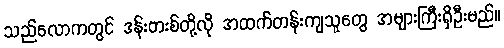
သည်လောကတွင် ဒန်းဗားစ်တို့လို အထက်တန်းကျသူတွေ အများကြီးရှိဦးမည်။